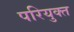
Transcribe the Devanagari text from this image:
परियुक्त